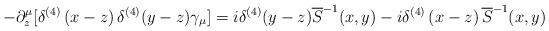
LaTeX: \begin{align*}-\partial _{z}^{\mu }[\delta ^{(4)}\left( x-z\right) \delta^{(4)}(y-z)\gamma _{\mu }]=i\delta ^{(4)}(y-z)\overline{S}^{-1}(x,y)-i\delta^{(4)}\left( x-z\right) \overline{S}^{-1}(x,y) \end{align*}